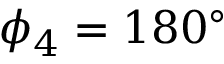
\phi _ { 4 } = 1 8 0 ^ { \circ }